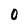
Character: 0